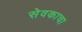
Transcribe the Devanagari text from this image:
सेवकाचा